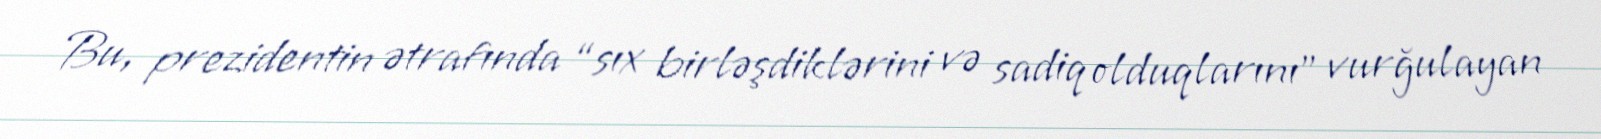
Bu, prezidentin ətrafında “sıx birləşdiklərini və sadiq olduqlarını” vurğulayan